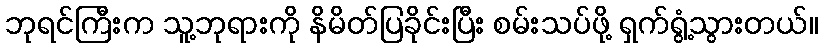
ဘုရင်ကြီးက သူ့ဘုရားကို နိမိတ်ပြခိုင်းပြီး စမ်းသပ်ဖို့ ရှက်ရွံ့သွားတယ်။